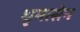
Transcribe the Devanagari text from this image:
धृमत्सेन